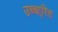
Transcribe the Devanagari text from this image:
उच्चा्रित